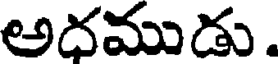
అదముడు.